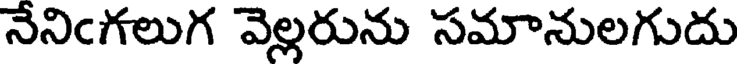
నేనిఁగలుగ వెల్లరును సమానులగుదు